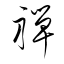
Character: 禪